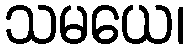
သမယေ၊